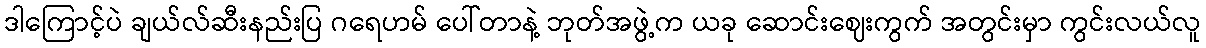
ဒါကြောင့်ပဲ ချယ်လ်ဆီးနည်းပြ ဂရေဟမ် ပေါ်တာနဲ့ ဘုတ်အဖွဲ့က ယခု ဆောင်းဈေးကွက် အတွင်းမှာ ကွင်းလယ်လူ